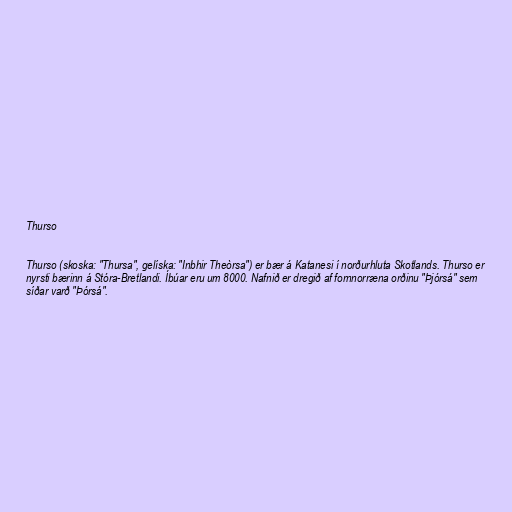
Thurso

Thurso (skoska: "Thursa", gelíska: "Inbhir Theòrsa") er bær á Katanesi í norðurhluta Skotlands. Thurso er
nyrsti bærinn á Stóra-Bretlandi. Íbúar eru um 8000. Nafnið er dregið af fornnorræna orðinu "Þjórsá" sem
síðar varð "Þórsá".